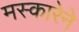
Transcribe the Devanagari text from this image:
मस्कारेने